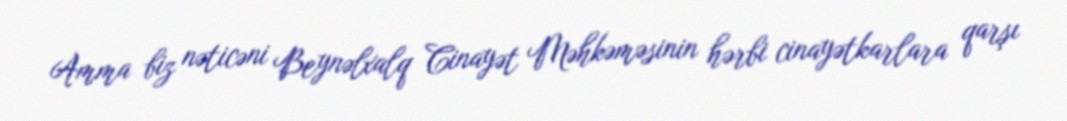
Amma biz nəticəni Beynəlxalq Cinayət Məhkəməsinin hərbi cinayətkarlara qarşı